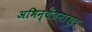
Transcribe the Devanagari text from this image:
अभिन्यंजनावाद